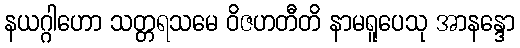
နယဂ္ဂါဟော သတ္တရသမေ ဝိဇဟတီတိ နာမရူပေသု အာနန္ဒော